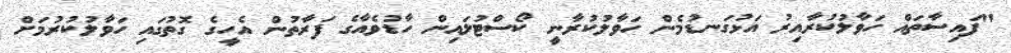
"ފައިސާތައް ހަވާލުކުރާއިރު އަޅުގަނޑުމެން ހަވާލުކުރާނީ ކޯސްޓުލައިން ހާޑުވެއާގެ ފަރާތުން އެހީގެ ގޮތުގައި ހަވާލުކުރުމަށް